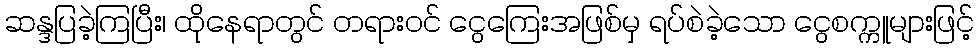
ဆန္ဒပြခဲ့ကြပြီး၊ ထိုနေရာတွင် တရားဝင် ငွေကြေးအဖြစ်မှ ရပ်စဲခဲ့သော ငွေစက္ကူများဖြင့်